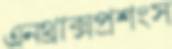
এনথ্রাক্সপ্রশংস